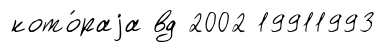
кото́раjа вд 2002 19911993